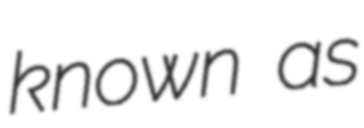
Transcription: known as